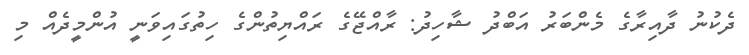
ދެކުނު ދާއިރާގެ މެންބަރު އަބްދު ޝާހިދު: ރާއްޖޭގެ ރައްޔިތުންގެ ހިތުގައިވަނީ އުންމީދެއް މި